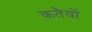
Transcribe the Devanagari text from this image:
कतैयों